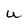
Character: U